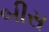
બીસ